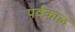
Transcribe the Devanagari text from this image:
पर्वकाळ